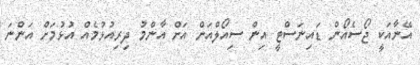
އޭނާއަކީ ޖޯސެއޯން ޑައިނަސްޓީ އިން ސިއޯލްއަށް އަށް އާންމު ދިރިއުޅުމެއް އުޅުމަށް އަންނަ